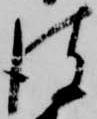
彼